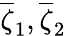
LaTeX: \overline{{\mathbf{\zeta}}}_{1},\overline{{\mathbf{\zeta}}}_{2}